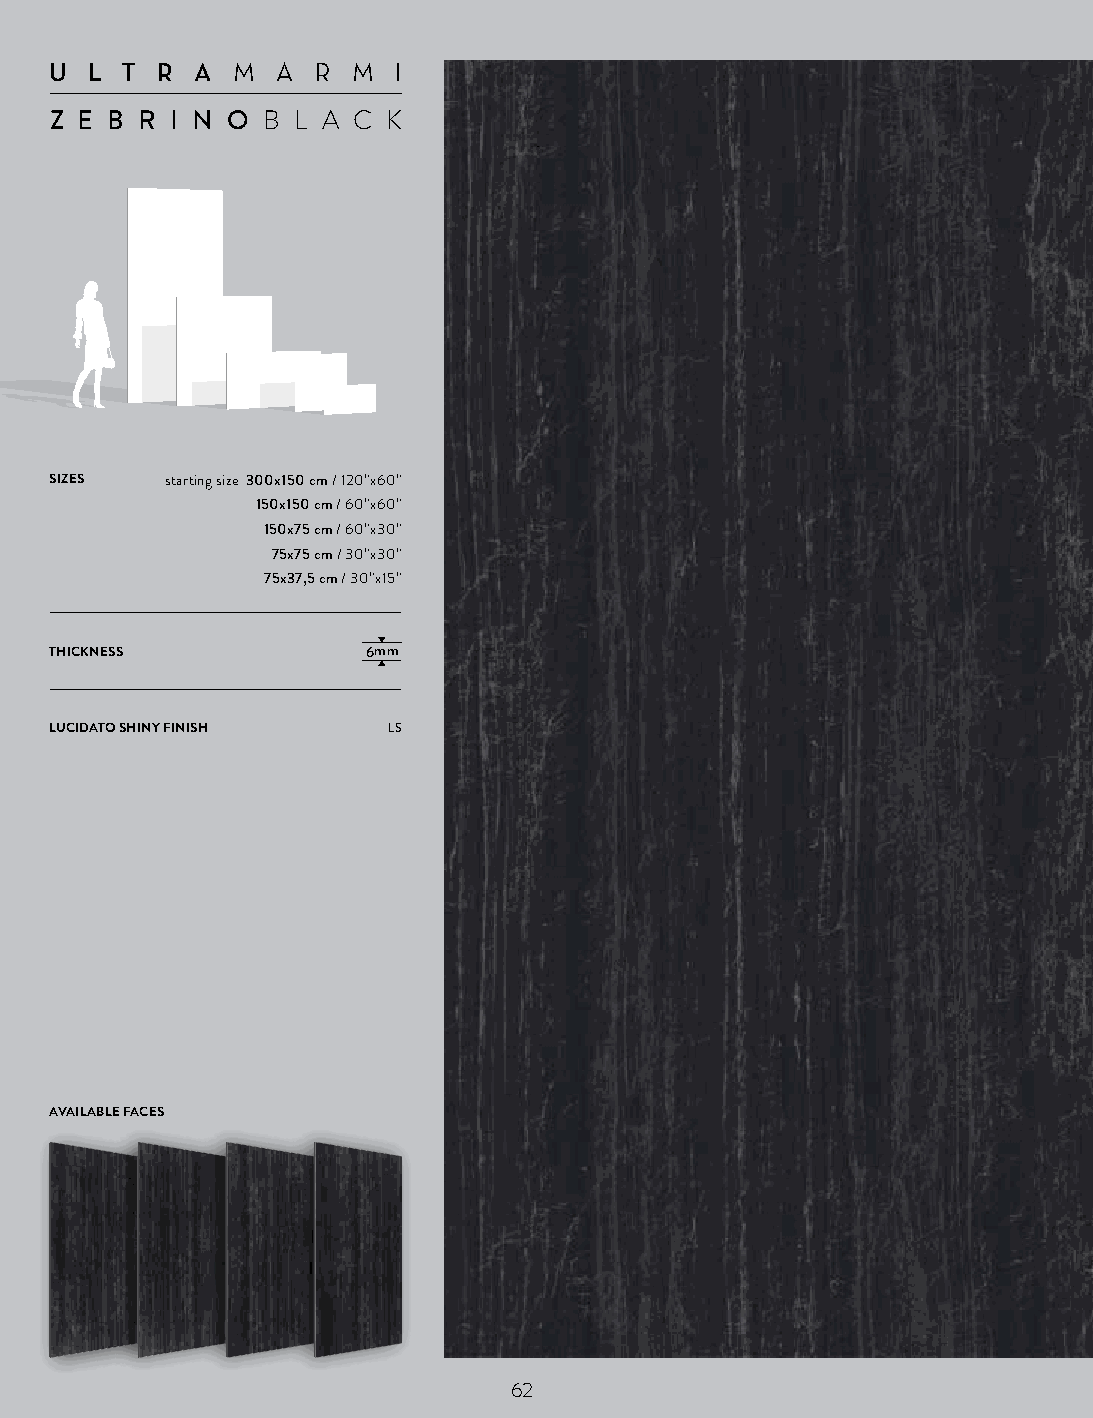
U  L T R  AM  A R  M  I
 Z E B R I N OB  L A C K
 SIZES   starting size 300x150 cm / 120”x60”
 150x150 cm / 60”x60”
 150x75 cm / 60”x30”
 75x75 cm / 30”x30”
 75x37,5 cm / 30”x15”
 THICKNESS            6mm
 LUCIDATO SHINY FINISH  LS
 AVAILABLE FACES
 62